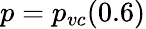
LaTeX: p=p_{vc}(0.6)